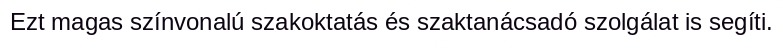
Ezt magas színvonalú szakoktatás és szaktanácsadó szolgálat is segíti.